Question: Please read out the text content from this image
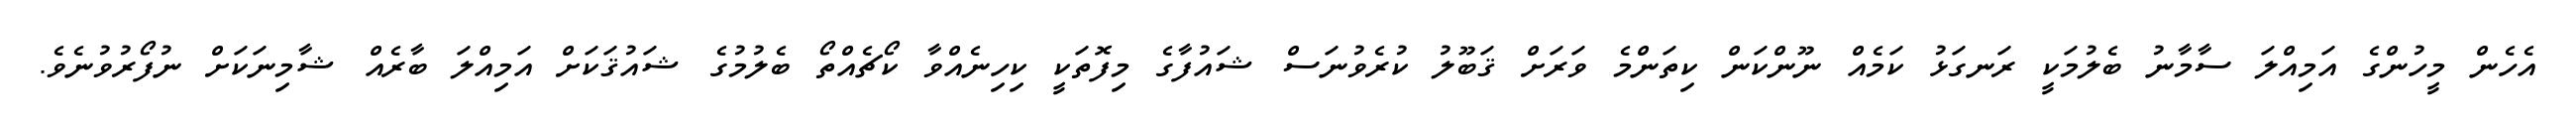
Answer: އެހެން މީހުންގެ އަމިއްލަ ސާމާނު ބެލުމަކީ ރަނގަޅު ކަމެއް ނޫންކަން ކިތަންމެ ވަރަށް ޤަބޫލު ކުރެވުނަސް ޝައުފާގެ މިފޮތަކީ ކިހިނެއްވާ ކޯޗެއްތޯ ބެލުމުގެ ޝައުޤަކަށް އަމިއްލަ ބާރެއް ޝާމިނަކަށް ނުފޯރުވުނެވެ.